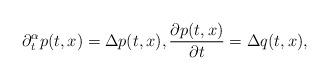
LaTeX: \begin{align*} \partial_{t}^{\alpha}p(t,x)=\Delta p(t,x), \frac{\partial p(t,x)}{\partial t}=\Delta q(t,x),\end{align*}